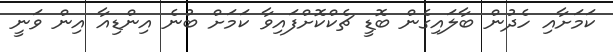
ކަމަށާއި ހެދުން ބާލައިގެން ބޮޑީ ޗެކްކޮށްފައިވާ ކަމަށް ބުނެ އިންޑިއާ އިން ވަނީ